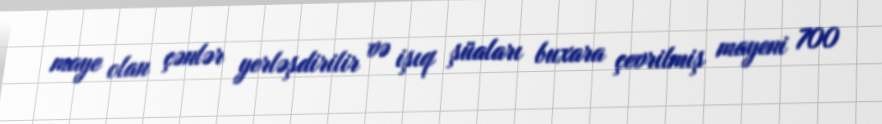
maye olan çənlər yerləşdirilir və işıq şüaları buxara çevrilmiş mayeni 700